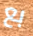
بع